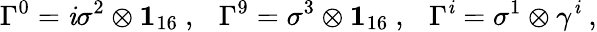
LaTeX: \Gamma^{0}=\mathit{i}\sigma^{2}\otimes{\mathbf{1}}_{16}~,~~~\Gamma^{9}=\sigma^{3}\otimes{\mathbf{1}}_{16}~,~~~\Gamma^{\mathit{i}}=\sigma^{1}\otimes\gamma^{\mathit{i}}~,